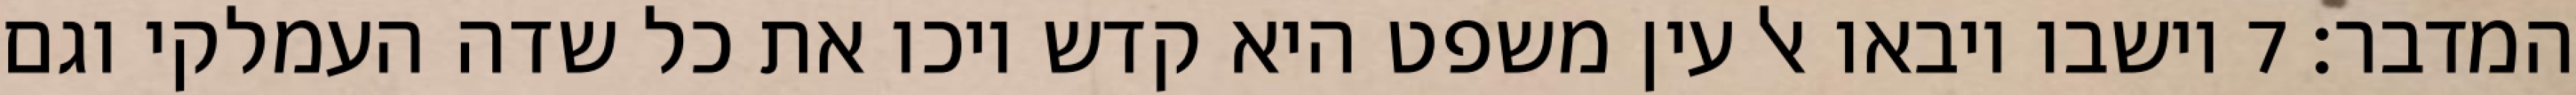
המדבר׃ ‎7‏ וישבו ויבאו אל עין משפט היא קדש ויכו את כל שדה העמלקי וגם